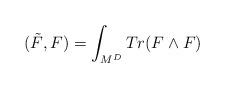
LaTeX: \begin{align*}(\tilde{F}, F ) = \int_{M^{D}} Tr (F\wedge F)\end{align*}